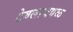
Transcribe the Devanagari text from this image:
टेबलाजवळ